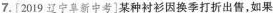
7. [2019辽宁阜新中考]某种衬衫因换季打折出售，如果